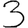
Digit: 3